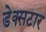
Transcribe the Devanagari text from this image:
डेक्सटार